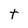
Character: t